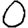
Digit: 0